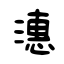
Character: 潓